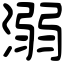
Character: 溺